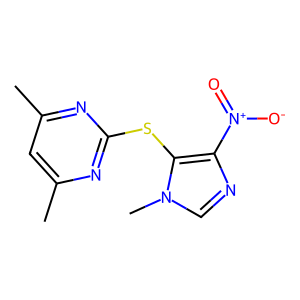
SMILES: Cc1cc(C)nc(Sc2c([N+](=O)[O-])ncn2C)n1
Inhibits HIV replication: No